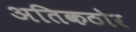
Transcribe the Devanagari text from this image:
अतिकठोर